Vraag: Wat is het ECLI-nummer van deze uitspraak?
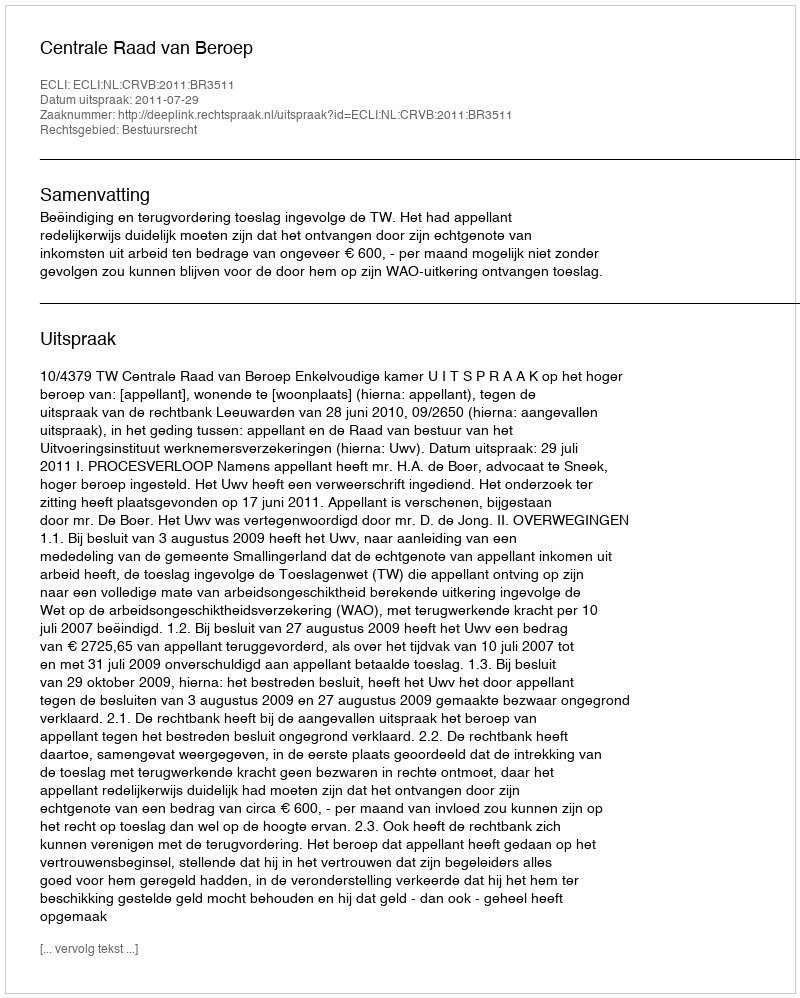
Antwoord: ECLI:NL:CRVB:2011:BR3511